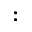
: